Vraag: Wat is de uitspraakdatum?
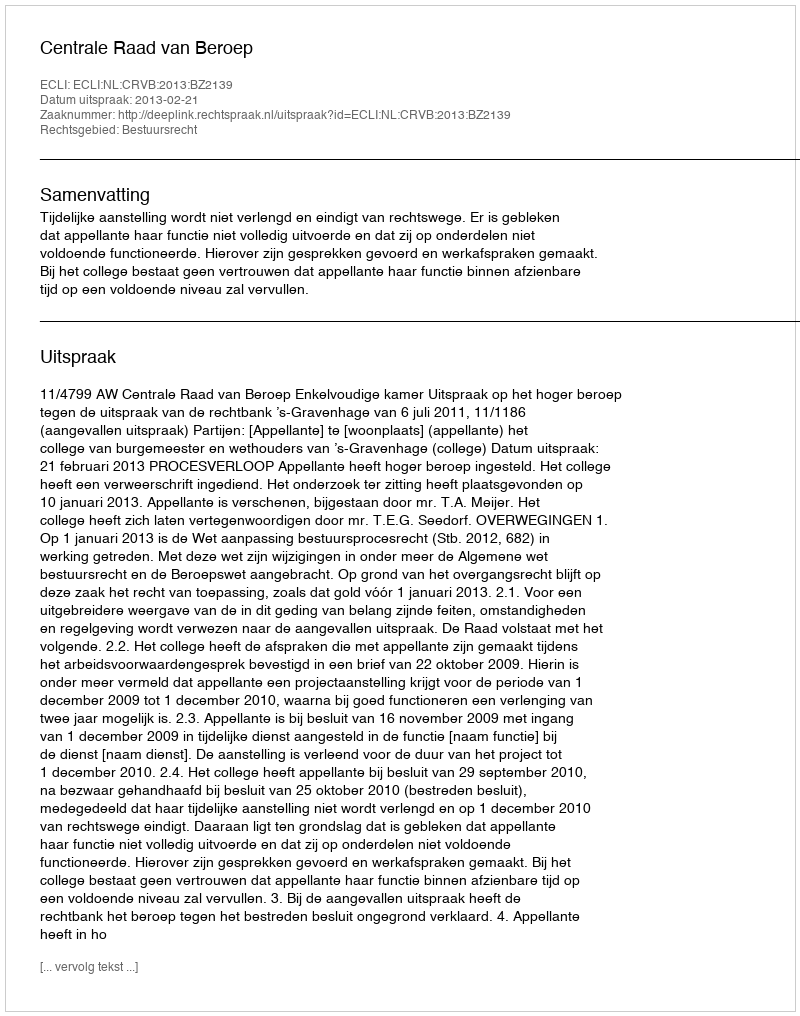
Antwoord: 2013-02-21